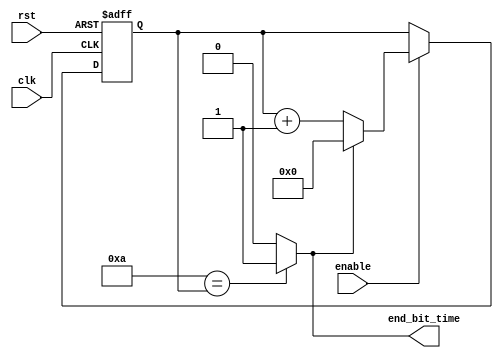
`timescale 1ns / 1ps
//////////////////////////////////////////////////////////////////////////////////
// Company: ITESO 
// Bit rate pulse generator for a Serial RS-232 Receiver
//////////////////////////////////////////////////////////////////////////////////
module Bit_Rate_Pulse
 # (parameter delay_counts = 11 ) 
    (input clk,
    input rst,
    input enable,
    output end_bit_time
    );
//Variable to defined total count for delay of 106us  
 
 reg [12:0]count ;  
    // Comparator
assign end_bit_time = (delay_counts - 1'b1 ==count)?1'b1:1'b0;
// Counter
always @(posedge rst, posedge clk)
    begin
        if (rst)
            count <= 13'b0;
        else 
            if (enable)
                if (end_bit_time)
                         count <= 13'b0;
                else 
                        count <= count + 13'b1;
             else
                count <= count;
     end
endmodule